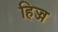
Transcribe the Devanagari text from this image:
हिज्ज